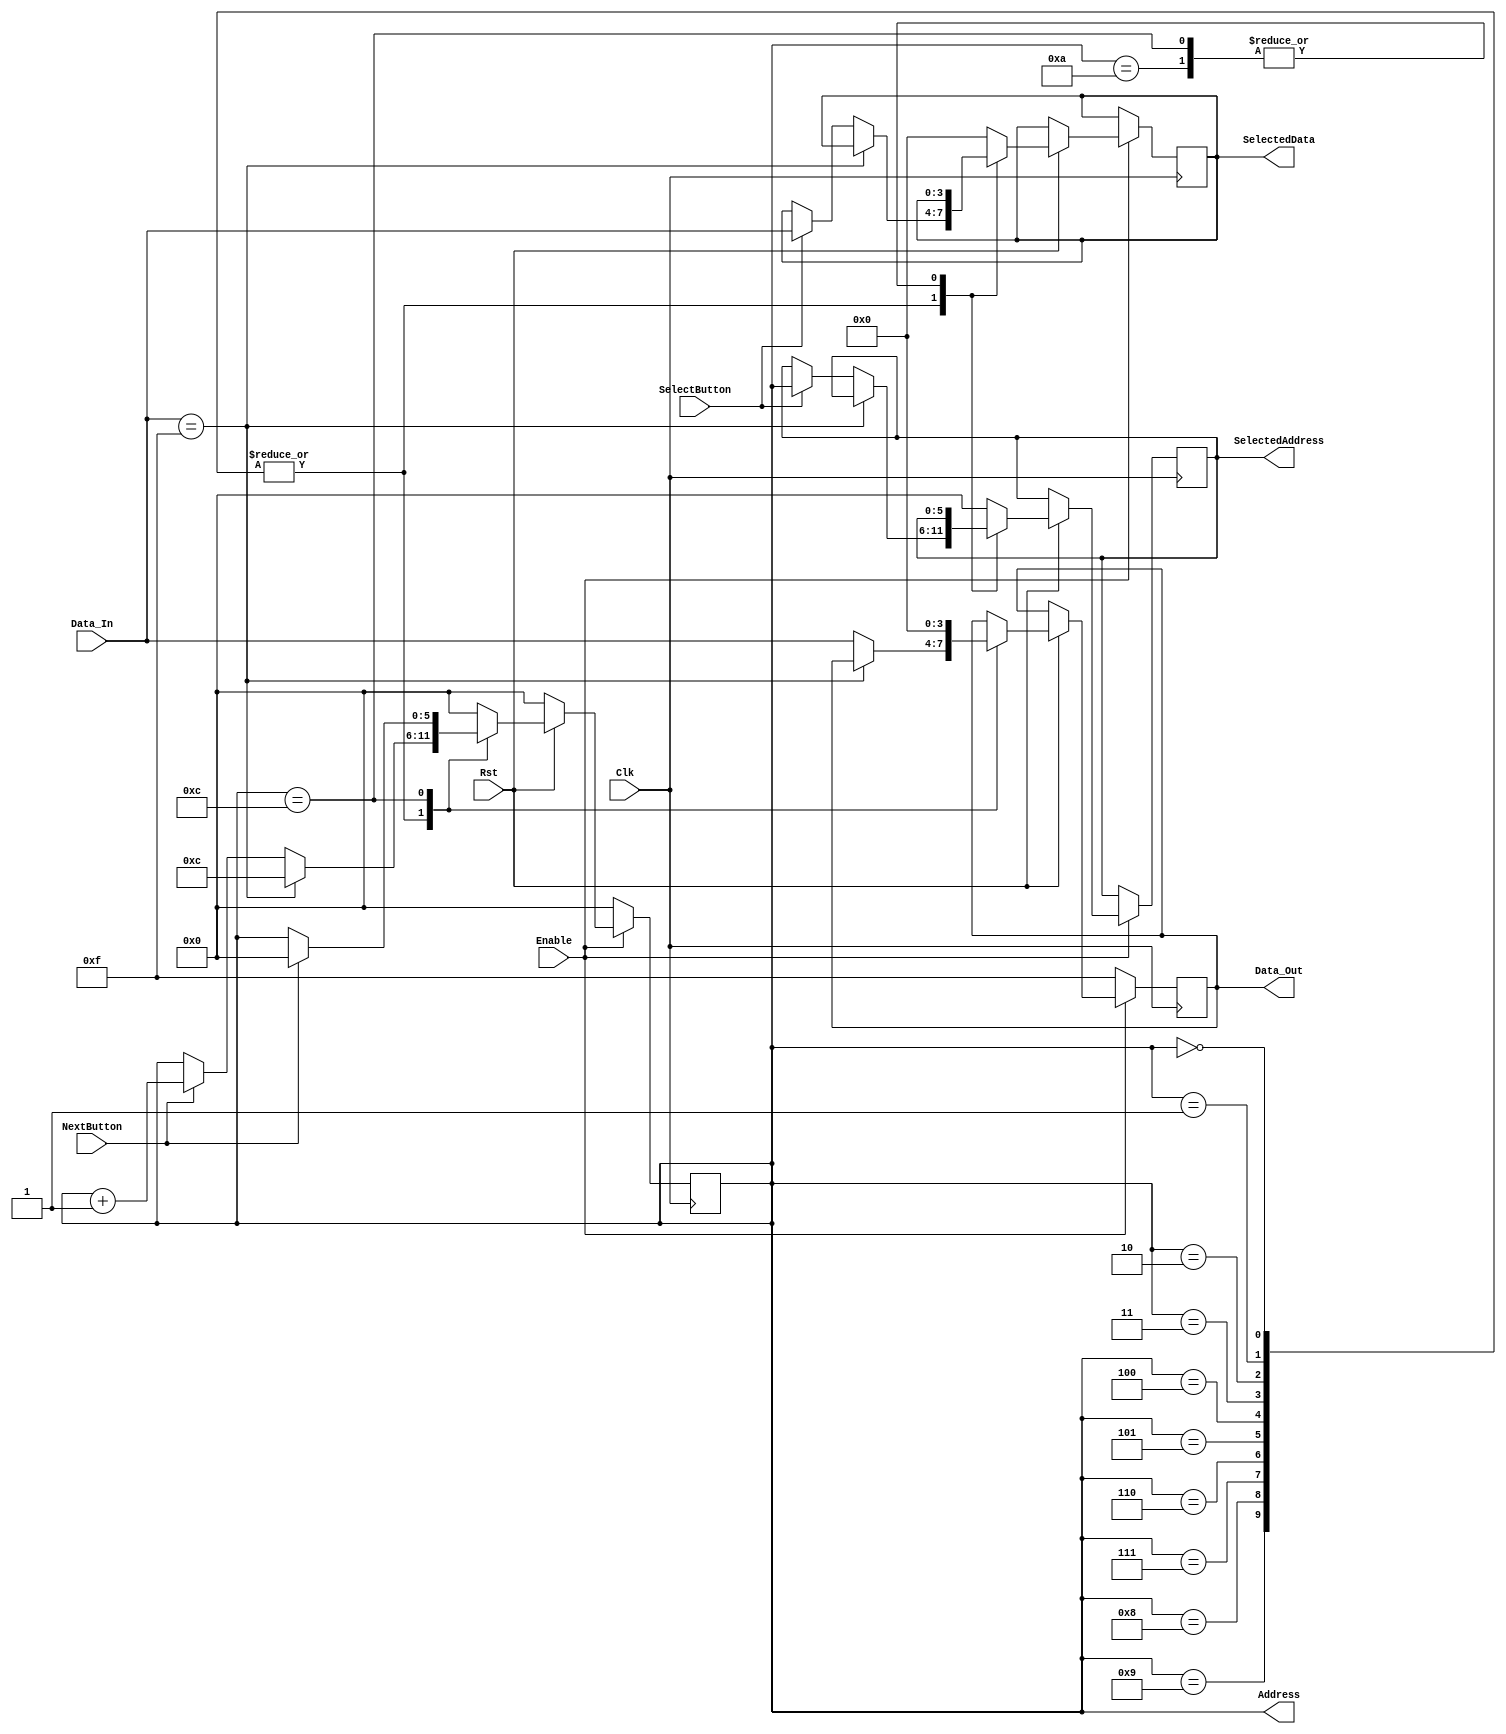
`timescale 1ns/10ps
module ROMController(Enable, NextButton, SelectButton, Data_In, Address, Data_Out, SelectedAddress, SelectedData, Clk, Rst);

input Enable, NextButton, SelectButton; // SelectButton=KEY[1], NextButton=KEY[0]
input [3:0] Data_In; 

output [5:0] Address;
reg [5:0] Address;
output [3:0] Data_Out;
reg [3:0] Data_Out;

output [5:0] SelectedAddress;
reg [5:0] SelectedAddress;
output [3:0] SelectedData;
reg [3:0] SelectedData;

input Clk, Rst;

always @(posedge Clk)
begin
if(Enable == 1)
begin
if(Rst == 0)
begin
Address <= 0;
end
else
begin
case(Address)
0,1,2,3,4,5,6,7,8,9: begin
	if(Data_In == 4'b1111) // 4'b1111 is the stop word
	begin
	Address <= 12;
	end
	else
	begin
	Data_Out <= Data_In;
	if(SelectButton == 1)
		begin
		SelectedAddress <= Address;
		SelectedData <= Data_In; // Med ID
		end
	if(NextButton == 1)
		begin
		Address <= Address + 1'b1;
		end		
	end
	end
10: begin // last+1 entry
	Address <= 0; 
	end
12: begin
	Data_Out <= 0;
	if(NextButton == 1)
		begin
		Address <= 0;
		end
	end
default: begin
			Address <= 0;
			SelectedAddress <=0;
			SelectedData <=0;
			end
endcase
end
end
else
begin
Address <= 0;
Data_Out <= 4'b1111;
end

end
endmodule